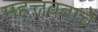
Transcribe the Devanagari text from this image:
महत्तववाचे